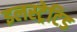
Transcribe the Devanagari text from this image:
इलस्ट्रेटिड